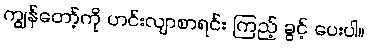
ကျွန်တော့်ကို ဟင်းလျာစာရင်း ကြည့် ခွင့် ပေးပါ။